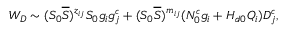
W _ { D } \sim ( S _ { 0 } \overline { { { S } } } ) ^ { z _ { i j } } S _ { 0 } g _ { i } g _ { j } ^ { c } + ( S _ { 0 } \overline { { { S } } } ) ^ { m _ { i j } } ( N _ { 0 } ^ { c } g _ { i } + H _ { d 0 } Q _ { i } ) D _ { j } ^ { c } ,